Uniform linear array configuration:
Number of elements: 64
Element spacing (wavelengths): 0.5
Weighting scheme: hann
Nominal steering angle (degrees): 60
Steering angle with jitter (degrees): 61.658
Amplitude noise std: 0.05
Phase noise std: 0.05

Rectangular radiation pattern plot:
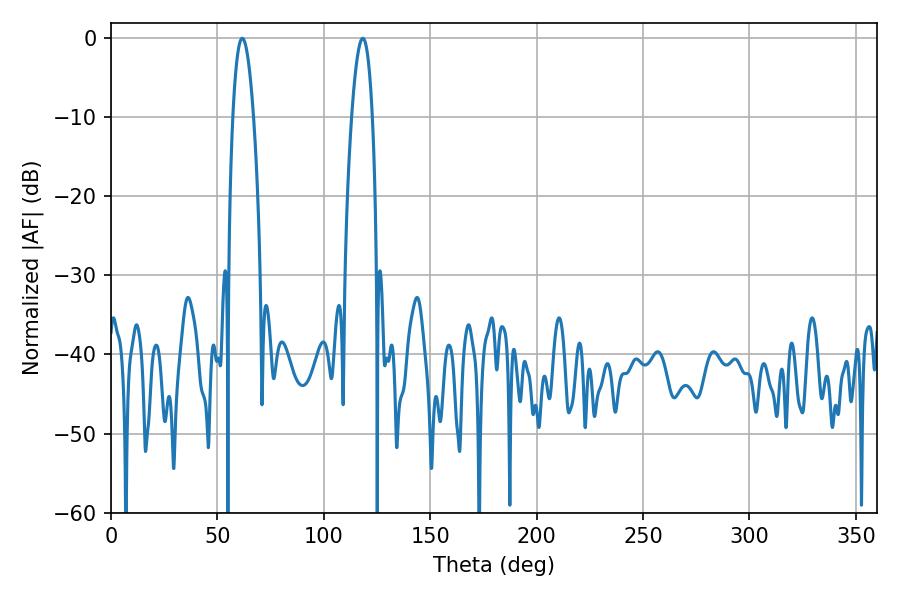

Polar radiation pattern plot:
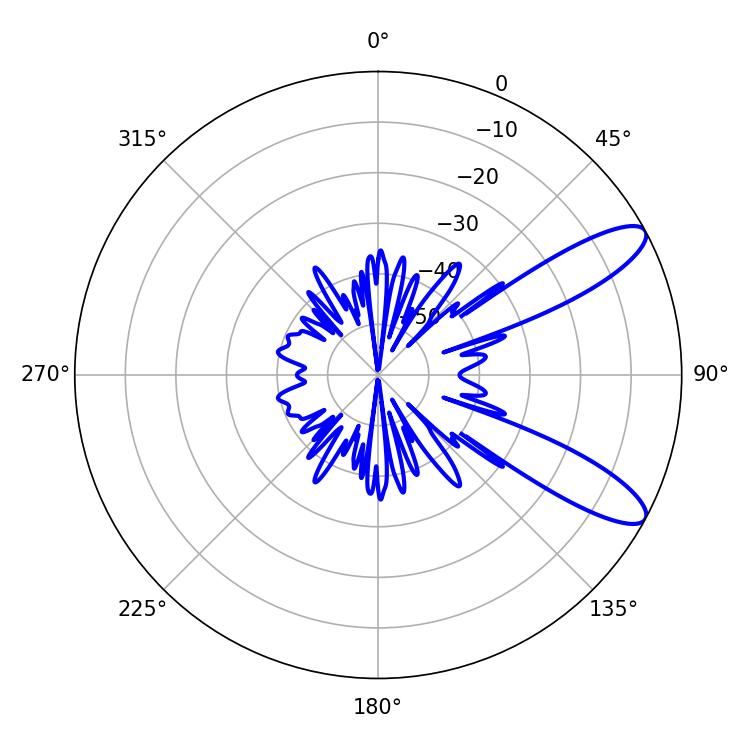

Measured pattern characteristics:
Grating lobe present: FALSE
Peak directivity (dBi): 10.493
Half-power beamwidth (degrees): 5.22
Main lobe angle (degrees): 61.74